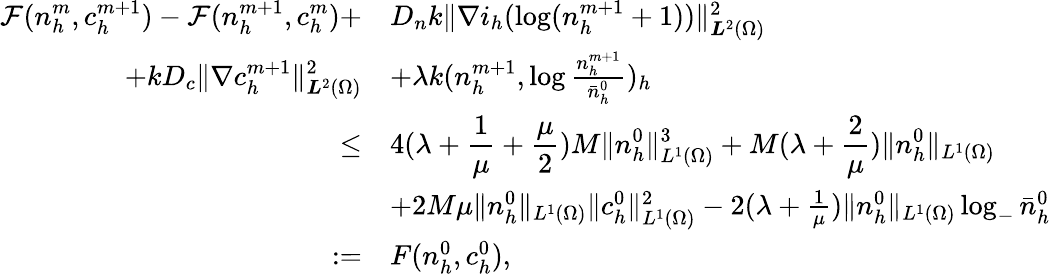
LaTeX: \begin{array}{rl}{\displaystyle\mathcal{F}(n_{h}^{m},c_{h}^{m+1})-\mathcal{F}(n_{h}^{m+1},c_{h}^{m})+}&{D_{n}k\| \nabla i_{h}(\log(n_{h}^{m+1}+1))\| _{{\boldsymbol L}^{2}(\Omega)}^{2}}\\ {\displaystyle+kD_{c}\| \nabla c_{h}^{m+1}\| _{{\boldsymbol L}^{2}(\Omega)}^{2}}&{+\lambda k(n_{h}^{m+1},\log\frac{n_{h}^{m+1}}{\bar{n}_{h}^{0}})_{h}}\\ {\le}&{\displaystyle 4(\lambda+\frac{1}{\mu}+\frac{\mu}{2})M\| n_{h}^{0}\| _{L^{1}(\Omega)}^{3}+M(\lambda+\frac{2}{\mu})\| n_{h}^{0}\| _{L^{1}(\Omega)}}\\ &{+2M\mu\| n_{h}^{0}\| _{L^{1}(\Omega)}\| c_{h}^{0}\| _{L^{1}(\Omega)}^{2}-2(\lambda+\frac{1}{\mu})\| n_{h}^{0}\| _{L^{1}(\Omega)}\log_{-}\bar{n}_{h}^{0}}\\ {:=}&{F(n_{h}^{0},c_{h}^{0}),}\end{array}